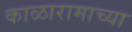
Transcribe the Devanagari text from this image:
काळारामाच्या